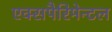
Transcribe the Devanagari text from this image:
एक्सपैरिमेन्टल